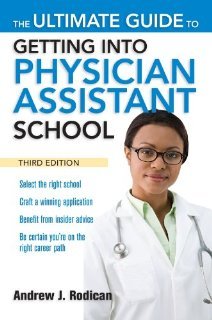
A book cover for The Ultimate Guide to Getting Into Physician Assistant School, Third Edition [Paperback] [2010] 3 Ed. Andrew Rodican; Medical Books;